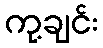
ကု့ချင်း